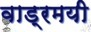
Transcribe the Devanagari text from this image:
वाड्रमयी